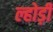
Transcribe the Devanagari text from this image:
ल्होड़ी